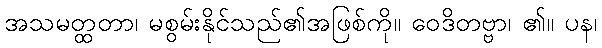
အသမတ္ထတာ၊ မစွမ်းနိုင်သည်၏အဖြစ်ကို။ ဝေဒိတဗ္ဗာ၊ ၏။ ပန၊